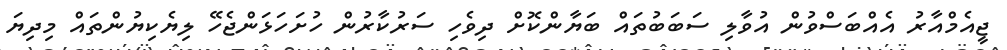
ޖީއެމްއާރު އެއްބަސްވުން އުވާލި ސަބަބުތައް ބަޔާންކޮށް ދިވެހި ސަރުކާރުން ހުށަހަޅަންޖެހޭ ލިޔެކިޔުންތައް މިދިޔަ